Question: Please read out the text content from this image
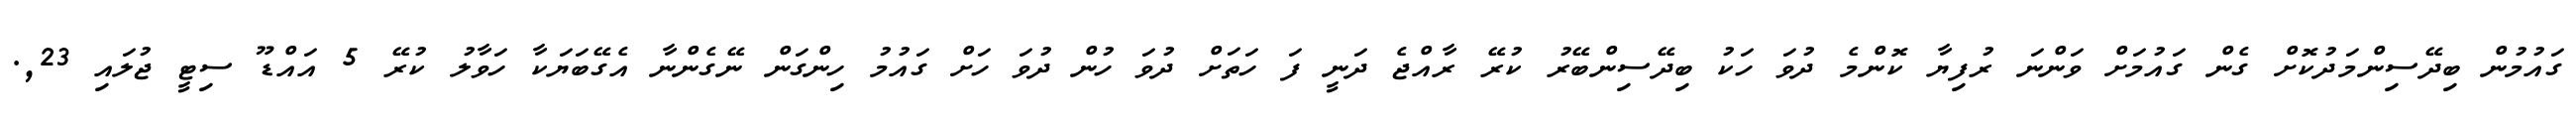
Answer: ގައުމުން ބިދޭސިންމަދުކޮށް ގެން ގައުމަށް ވަންނަ ރުފިޔާ ކޮންމެ ދުވަ ހަކު ބިދޭސިންބޭރު ކުރޭ ރާއްޖެ ދަނީ ފަ ހަތަށް ދުވަ ހުން ދުވަ ހަށް ގައުމު ހިންގަން ނޭގެންނާ އެގޭބަޔަކާ ހަވާލު ކުރޭ 5 އައްޑޫ ސިޓީ ޖުލައި 23,.